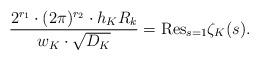
LaTeX: \begin{align*} \frac{2^{r_1} \cdot (2\pi)^{r_2} \cdot h_K R_k}{w_K \cdot \sqrt{D_K}} = \mathrm{Res}_{s = 1} \zeta_K(s).\end{align*}